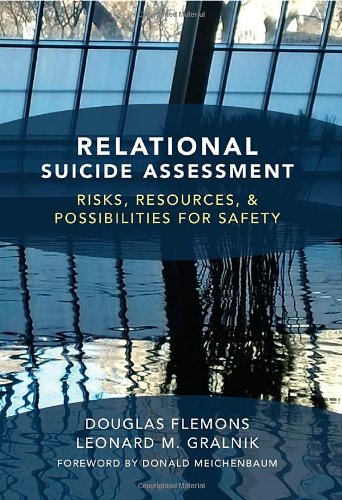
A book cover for Relational Suicide Assessment: Risks, Resources, and Possibilities for Safety; Douglas Flemons PhD  LMFT; Self-Help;